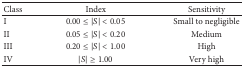
<table><thead><tr><td><b>Class</b></td><td><b>Index</b></td><td><b>Sensitivity</b></td></tr></thead><tbody><tr><td>I</td><td>0.00 ≤ |<i>S</i> | &lt;0.05</td><td>Small to negligible</td></tr><tr><td>II</td><td>0.05 ≤ |<i>S</i> | &lt;0.20</td><td>Medium</td></tr><tr><td>III</td><td>0.20 ≤ |<i>S</i> | &lt;1.00</td><td>High</td></tr><tr><td>IV</td><td>|<i>S</i> | ≥1.00</td><td>Very high</td></tr></tbody></table>